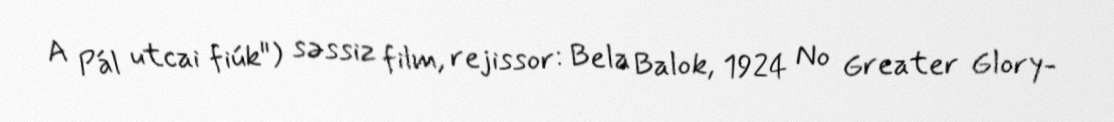
A Pál utcai fiúk") səssiz film, rejissor: Bela Balok, 1924 No Greater Glory-